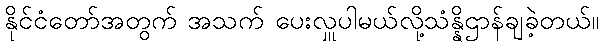
နိုင်ငံတော်အတွက် အသက် ပေးလှူပါမယ်လို့သံန္နိဌာန်ချခဲ့တယ်။